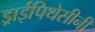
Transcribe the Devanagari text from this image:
ड्राईपिथेसीनी